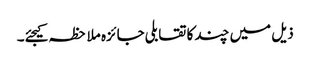
ذیل میں چند کا تقابلی جائزہ ملاحظہ کیجئے۔